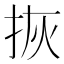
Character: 拻